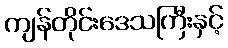
ကျန်တိုင်းဒေသကြီးနှင့်